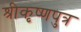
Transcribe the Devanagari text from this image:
श्रीकृष्णपुत्र